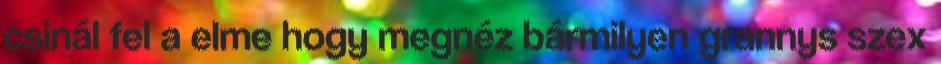
csinál fel a elme hogy megnéz bármilyen grannys szex